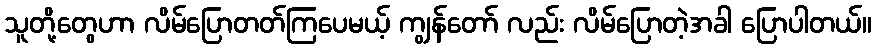
သူတို့တွေဟာ လိမ်ပြောတတ်ကြပေမယ့် ကျွန်တော် လည်း လိမ်ပြောတဲ့အခါ ပြောပါတယ်။